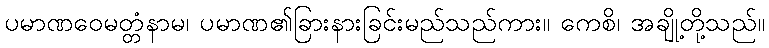
ပမာဏဝေမတ္တံနာမ၊ ပမာဏ၏ခြားနားခြင်းမည်သည်ကား။ ကေစိ၊ အချို့တို့သည်။